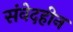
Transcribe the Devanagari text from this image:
संवेदहीन